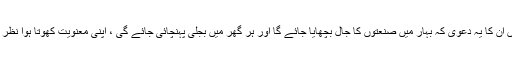
ایسے میں ان کا یہ دعویٰ کہ بہار میں صنعتوں کا جال بچھایا جائے گا اور ہر گھر میں بجلی پہنچائی جائے گی ، اپنی معنویت کھوتا ہوا نظر آرہا ہے۔